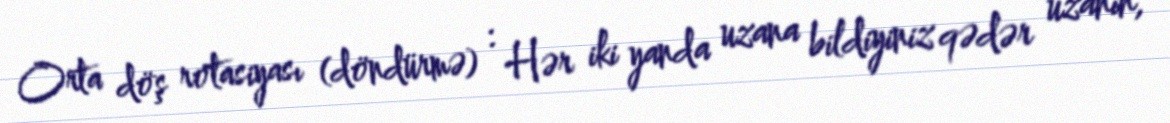
Orta döş rotasiyası (döndürmə) : Hər iki yanda uzana bildiyiniz qədər uzanın,